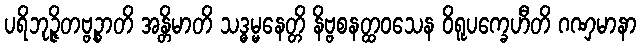
ပရိဘုဉ္ဇိတဗ္ဗဉ္စာတိ အန္တိမာတိ သဒ္ဓမ္မနေတ္တိ နိဗ္ဗစနတ္ထဝသေန ဝိရူပက္ခေဟီတိ ဂဏှမာနာ